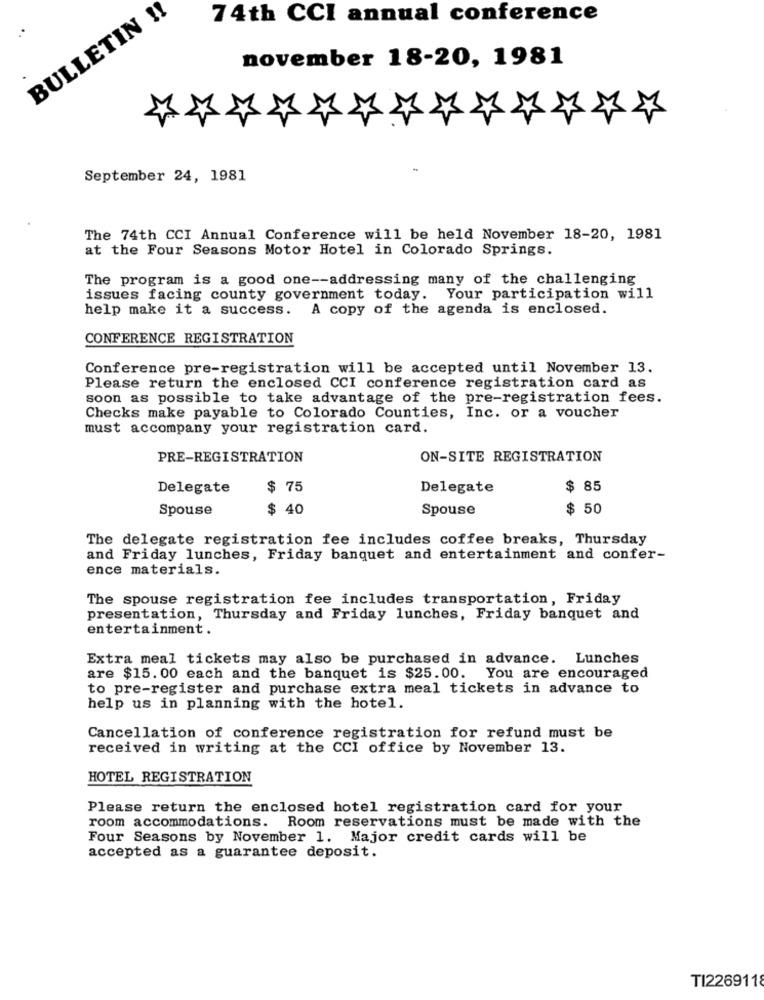
BULLETIN !!
74th CCI annual conference
november 18-20, 1981
September 24, 1981
The 74th CCI Annual Conference will be held November 18-20, 1981
at the Four Seasons Motor Hotel in Colorado Springs.
The program is a good one -- addressing many of the challenging
issues facing county government today. Your participation will
help make it a success.
A copy of the agenda is enclosed.
CONFERENCE REGISTRATION
Conference pre-registration will be accepted until November 13.
Please return the enclosed CCI conference registration card as
soon as possible to take advantage of the pre-registration fees.
Checks make payable to Colorado Counties, Inc. or a voucher
must accompany your registration card.
PRE-REGISTRATION
ON-SITE REGISTRATION
Delegate
$ 75
Delegate
$ 85
Spouse
$ 40
Spouse
$ 50
The delegate registration fee includes coffee breaks, Thursday
and Friday lunches, Friday banquet and entertainment and confer-
ence materials.
The spouse registration fee includes transportation, Friday
presentation, Thursday and Friday lunches, Friday banquet and
entertainment.
Extra meal tickets may also be purchased in advance. Lunches
are $15. 00 each and the banquet is $25.00. You are encouraged
to pre-register and purchase extra meal tickets in advance to
help us in planning with the hotel.
Cancellation of conference registration for refund must be
received in writing at the CCI office by November 13.
HOTEL REGISTRATION
Please return the enclosed hotel registration card for your
room accommodations. Room reservations must be made with the
Four Seasons by November 1. Major credit cards will be
accepted as a guarantee deposit.
TI226911